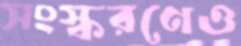
সংস্করণেও